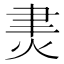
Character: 㶳